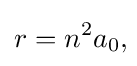
r=n^{2}a_{0},\!